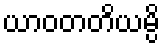
ယာဝတတိယမ္ပိ